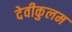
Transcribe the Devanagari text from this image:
देवीकुलम